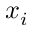
x _ { i }